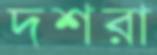
দশরা